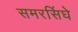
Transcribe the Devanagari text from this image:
समरसिंघे